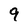
Character: 9